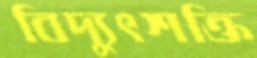
বিদ্যুৎশক্তি